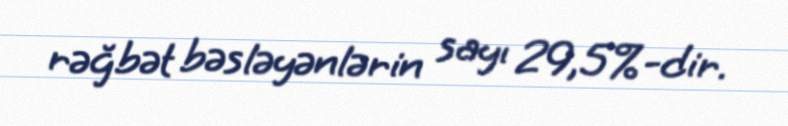
rəğbət bəsləyənlərin sayı 29,5%-dir.